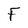
Character: F